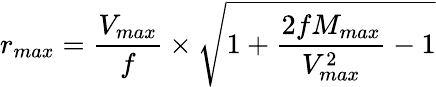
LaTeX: r_{max}=\frac{V_{max}}{f}\times\sqrt{1+\frac{2fM_{max}}{V_{max}^{2}}-1}